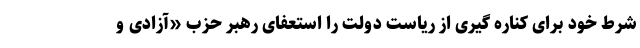
شرط خود برای کناره گیری از ریاست دولت را استعفای رهبر حزب «آزادی و